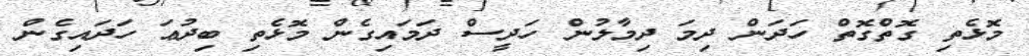
މޮޅެތި ގޮތްގޮތް ހަދަން ދިމަ ދިމާލުން ހަދީސް ދަމައިގެން މޮޅެތި ބިދުޢަ ހަދައިގެން